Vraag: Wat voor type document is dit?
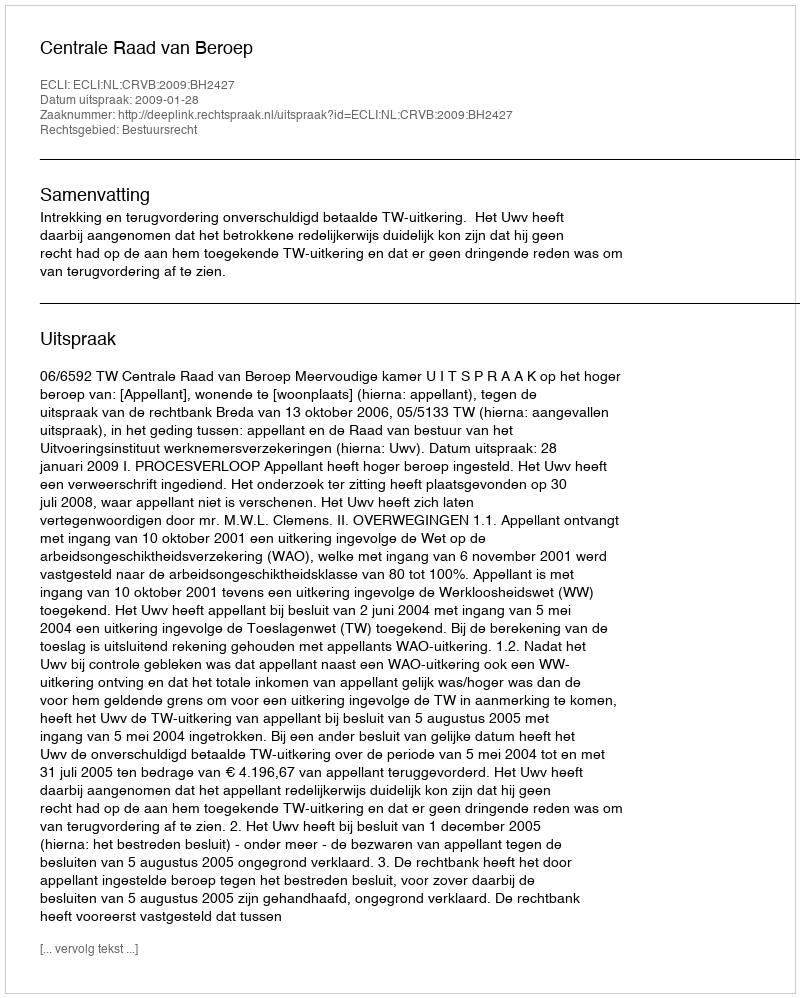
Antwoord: Uitspraak